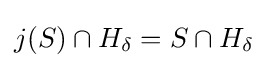
j(S)\cap H_{\delta }=S\cap H_{\delta }